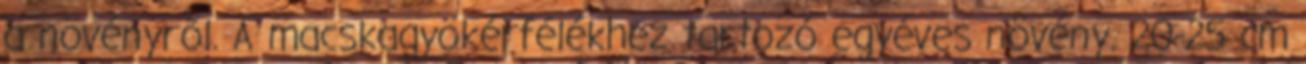
a növényről. A macskagyökérfélékhez tartozó egyéves növény. 20-25 cm